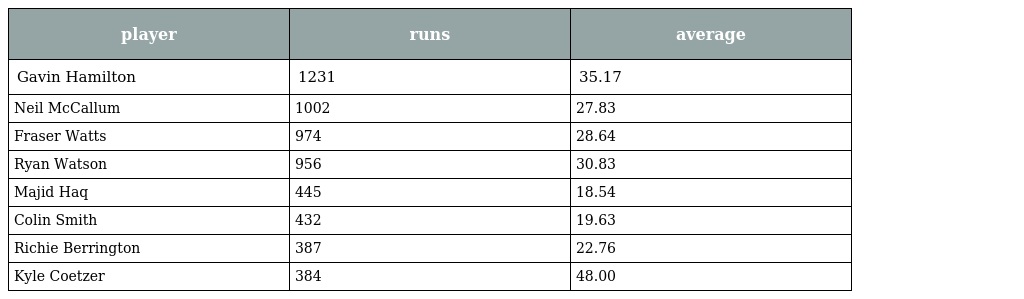
| player | runs | average |
 | --- | --- | --- |
 | Gavin Hamilton | 1231 | 35.17 |
 | Neil McCallum | 1002 | 27.83 |
 | Fraser Watts | 974 | 28.64 |
 | Ryan Watson | 956 | 30.83 |
 | Majid Haq | 445 | 18.54 |
 | Colin Smith | 432 | 19.63 |
 | Richie Berrington | 387 | 22.76 |
 | Kyle Coetzer | 384 | 48.00 |